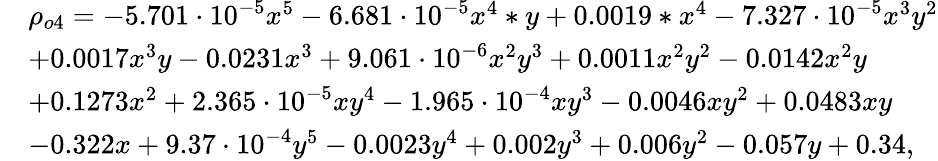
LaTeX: \begin{array}{rl}&{\rho_{o4}=-5.701\cdot 10^{-5}x^{5}-6.681\cdot 10^{-5}x^{4}*y+0.0019*x^{4}-7.327\cdot 10^{-5}x^{3}y^{2}}\\ &{+0.0017x^{3}y-0.0231x^{3}+9.061\cdot 10^{-6}x^{2}y^{3}+0.0011x^{2}y^{2}-0.0142x^{2}y}\\ &{+0.1273x^{2}+2.365\cdot 10^{-5}xy^{4}-1.965\cdot 10^{-4}xy^{3}-0.0046xy^{2}+0.0483xy}\\ &{-0.322x+9.37\cdot 10^{-4}y^{5}-0.0023y^{4}+0.002y^{3}+0.006y^{2}-0.057y+0.34,}\end{array}